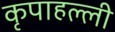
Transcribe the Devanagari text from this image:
कृपाहल्ली